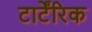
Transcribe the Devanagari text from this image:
टार्टेंरिक